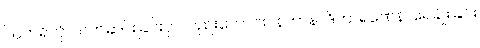
ဩတရိတုံ၊ သက်ဆင်းခြင်းငှာလည်းကောင်း။ နဟာနာဒိကာရဏေန၊ ရေချိုးခြင်း